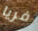
فريا